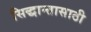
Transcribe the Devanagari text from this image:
सिद्धान्तासाठी